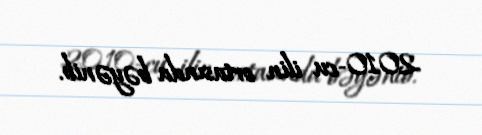
2010-cu ilin ortasında bəyənib.